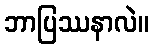
ဘာပြဿနာလဲ။